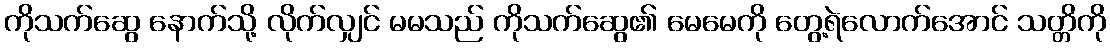
ကိုသက်ဆွေ နောက်သို့ လိုက်လျှင် မမသည် ကိုသက်ဆွေ၏ မေမေကို တွေ့ရဲလောက်အောင် သတ္တိကို